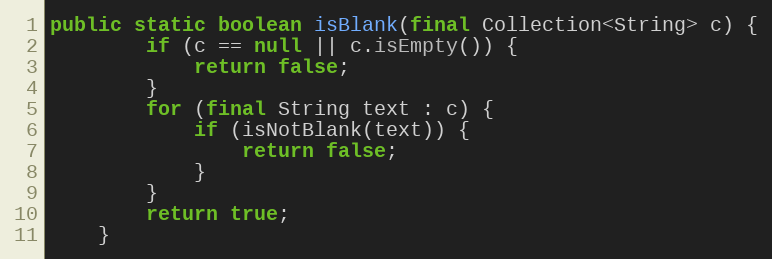
Language: Java
public static boolean isBlank(final Collection<String> c) {
        if (c == null || c.isEmpty()) {
            return false;
        }
        for (final String text : c) {
            if (isNotBlank(text)) {
                return false;
            }
        }
        return true;
    }